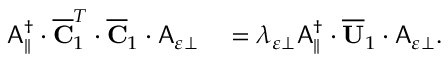
\begin{array} { r l } { \mathsf { A } _ { \parallel } ^ { \dagger } \cdot \overline { { \mathbf { C } } } _ { 1 } ^ { T } \cdot \overline { { \mathbf { C } } } _ { 1 } \cdot \mathsf { A } _ { \varepsilon \perp } } & { { } = \lambda _ { \varepsilon \perp } \mathsf { A } _ { \parallel } ^ { \dagger } \cdot \overline { { \mathbf { U } } } _ { 1 } \cdot \mathsf { A } _ { \varepsilon \perp } . } \end{array}